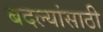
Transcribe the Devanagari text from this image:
बदल्यांसाठी